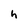
Character: h